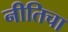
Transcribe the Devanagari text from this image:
नीतिचा